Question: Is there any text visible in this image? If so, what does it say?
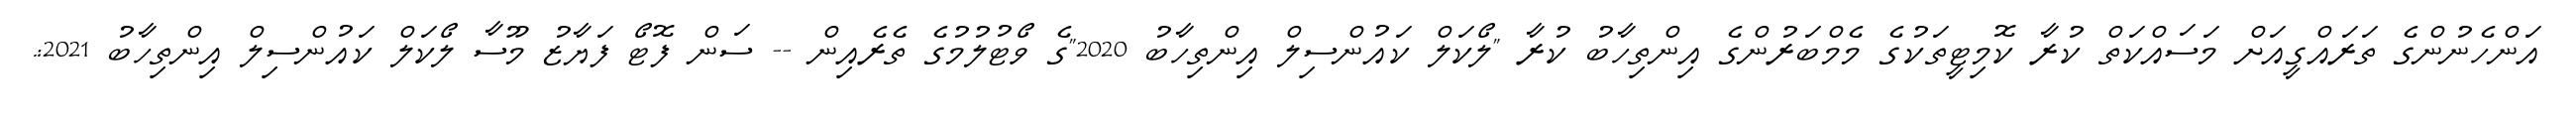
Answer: އަންހެނުންގެ ތަރައްގީއަށް މަސައްކަތް ކުރާ ކޮމިޓީތަކުގެ މެމްބަރުންގެ އިންތިހާބު ކުރާ "ލޯކަލް ކައުންސިލް އިންތިހާބު 2020"ގެ ވޯޓުލުމުގެ ތެރެއިން -- ސަން ފޮޓޯ ފަޔާޒު މޫސާ ލޯކަލް ކައުންސިލް އިންތިހާބު 2021:.